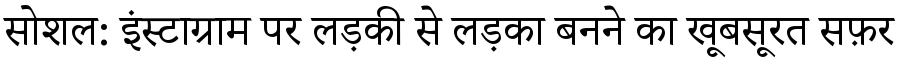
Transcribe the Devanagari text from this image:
सोशल: इंस्टाग्राम पर लड़की से लड़का बनने का खूबसूरत सफ़र